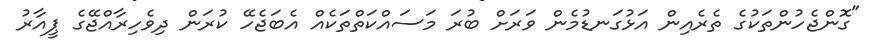
"ގޮންޖެހުންތަކުގެ ތެރެއިން އަޅުގަނޑުމެން ވަރަށް ބުރަ މަސައްކަތްތަކެއް އެބަޖެހޭ ކުރަން ދިވެހިރާއްޖޭގެ ޕީއާރު